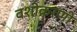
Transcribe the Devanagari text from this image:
वशीकरणी